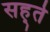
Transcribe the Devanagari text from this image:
सह्ते